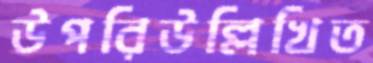
উপরিউল্লিখিত